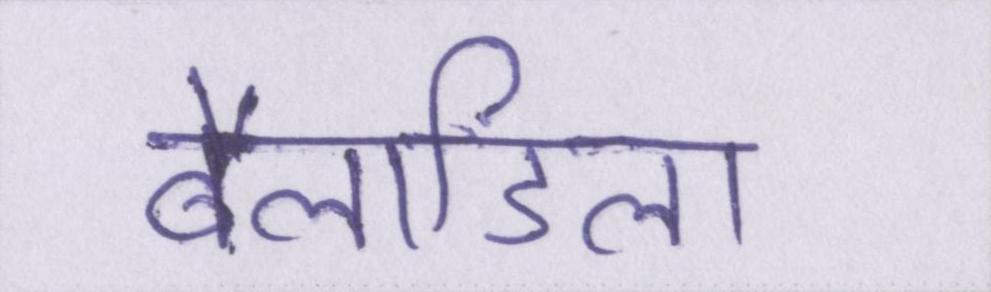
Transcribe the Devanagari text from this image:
बैलाडिला